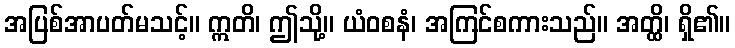
အပြစ်အာပတ်မသင့်။ ဣတိ၊ ဤသို့။ ယံဝစနံ၊ အကြင်စကားသည်။ အတ္ထိ၊ ရှိ၏။